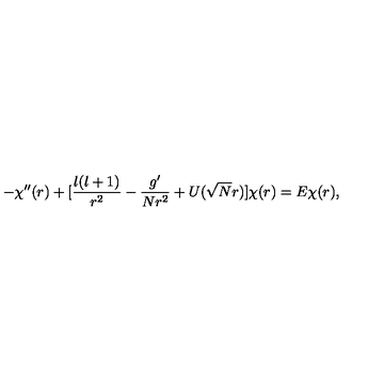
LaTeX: - \chi ^ { \prime \prime } ( r ) + [ \frac { l ( l + 1 ) } { r ^ { 2 } } - \frac { g ^ { \prime } } { N r ^ { 2 } } + U ( \sqrt { N } r ) ] \chi ( r ) = E \chi ( r ) ,